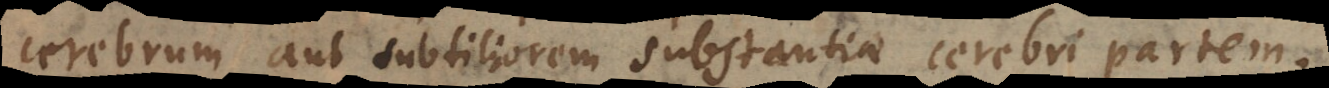
cerebrum aut subtiliorem substantiae cerebri partem.